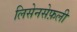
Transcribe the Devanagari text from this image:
लिसेनसेफ़ली